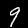
Label: 9